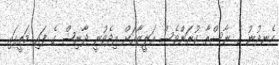
ހެނދުނު ގެ ނާސްތާ ކުރަންވެސް އަލީޒާއަށް އިދެވުނީ ދާނިޝް ގެ ފައި މަތީގައި